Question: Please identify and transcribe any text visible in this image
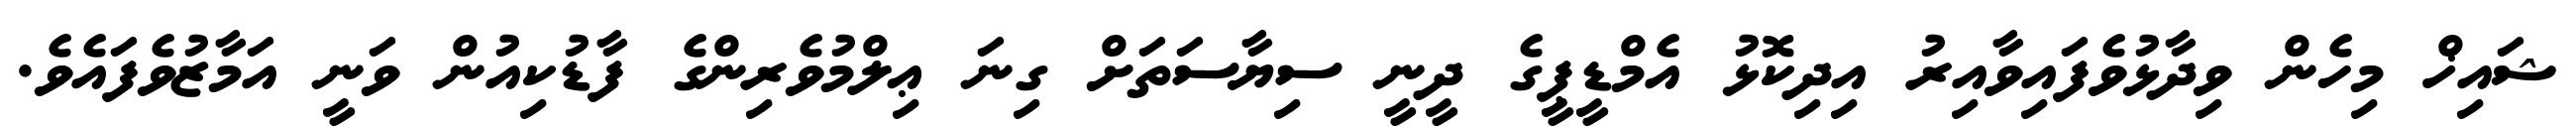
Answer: ޝައިޚް މިހެން ވިދާޅުވެފައިވާއިރު އިދިކޮޅު އެމްޑީޕީގެ ދީނީ ސިޔާސަތަށް ގިނަ ޢިލްމުވެރިންގެ ފާޑުކިއުން ވަނީ އަމާޒުވެފައެވެ.